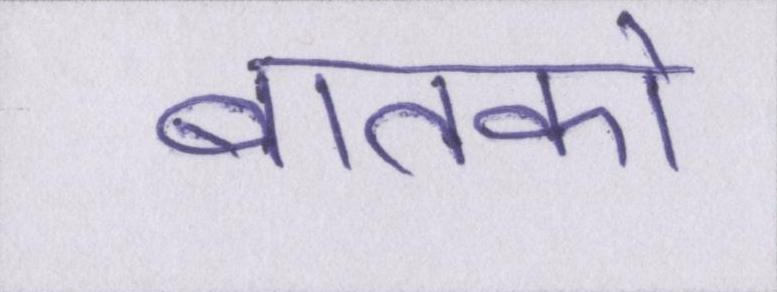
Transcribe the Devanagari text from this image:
बातको